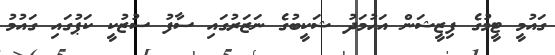
ގައުމީ ޓީމުގެ ފިޒީޝަން އަހުމަދު ޝަކީބުގެ ނަޒަރުގައި ސާފު ސުޒުކީ ކަޕުގައި ގައުމު